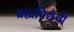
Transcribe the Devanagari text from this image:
ब्रह्मविद्येची